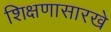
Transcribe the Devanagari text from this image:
शिक्षणासारखे